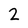
Character: 2